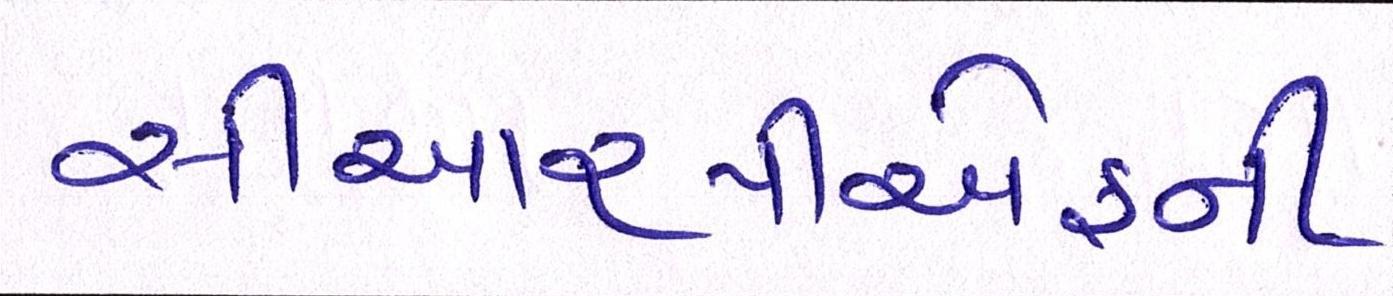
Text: સીઆરપીએફની